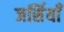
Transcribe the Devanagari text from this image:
जर्सियाँ